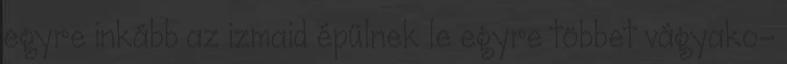
egyre inkább az izmaid épülnek le egyre többet vágyako-